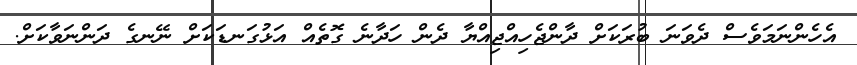
އެހެންނަމަވެސް ދެވަނަ ބުރަކަށް ދާންޖެހިއްޖިއްޔާ ދެން ހަދާނެ ގޮތެއް އަޅުގަނޑަކަށް ނޭނގެ ދަންނަވާކަށް.